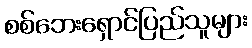
စစ်ဘေးရှောင်ပြည်သူများ